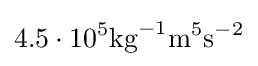
4.5\cdot 10^{5}\mathrm {kg} ^{-1}\mathrm {m} ^{5}\mathrm {s} ^{-2}